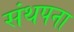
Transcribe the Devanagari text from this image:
संथपना